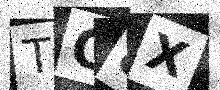
Text: TO8X